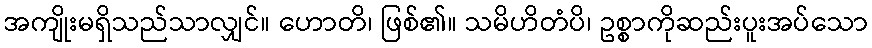
အကျိုးမရှိသည်သာလျှင်။ ဟောတိ၊ ဖြစ်၏။ သမိဟိတံပိ၊ ဥစ္စာကိုဆည်းပူးအပ်သော